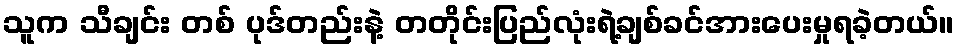
သူက သီချင်း တစ် ပုဒ်တည်းနဲ့ တတိုင်းပြည်လုံးရဲ့ချစ်ခင်အားပေးမှုရခဲ့တယ်။